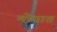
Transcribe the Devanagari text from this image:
मोयात